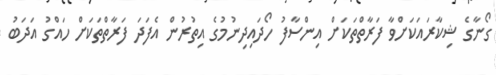
ގޯނާގެ ޝިކާރައަކަށްވާ ފަރާތްތަކަށް އިންސާފު ހޯދައިދިނުމުގެ އިތުރުން އެފަދަ ފަރާތްތަކަށް ހައްގު އަދަބު